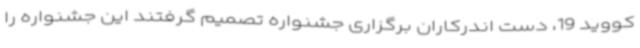
کووید 19، دست اندرکاران برگزاری جشنواره تصمیم گرفتند این جشنواره را